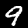
Label: 9